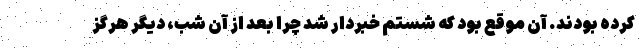
کرده بودند. آن موقع بود که شستم خبردار شد چرا بعد از آن شب، دیگر هرگز